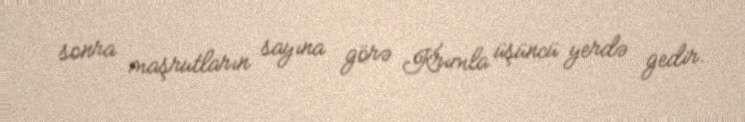
sonra maşrutların sayına görə Krımla üşüncü yerdə gedir.